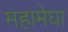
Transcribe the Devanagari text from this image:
महामेघा